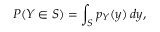
P ( Y \in S ) = \int _ { S } p _ { Y } ( y ) \, d y ,